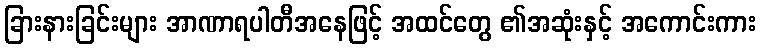
ခြားနားခြင်းများ အာဏာရပါတီအနေဖြင့် အထင်တွေ ၏အဆုံးနှင့် အကောင်းကား